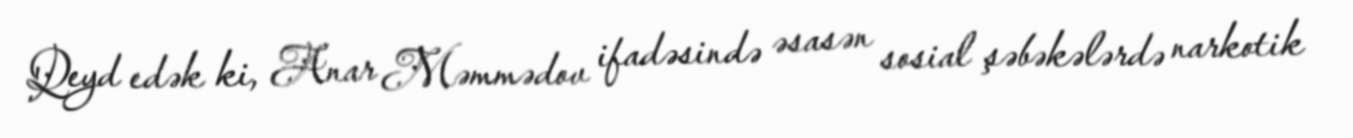
Qeyd edək ki, Anar Məmmədov ifadəsində əsasən sosial şəbəkələrdə narkotik